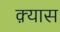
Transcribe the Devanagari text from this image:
क़्यास